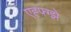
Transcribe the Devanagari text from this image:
एह्फ्ग्झे